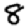
Digit: 8